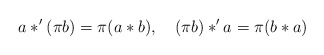
\begin{align*}a*^{\prime }(\pi b)=\pi (a*b),\quad (\pi b)*^{\prime }a=\pi (b*a)\end{align*}